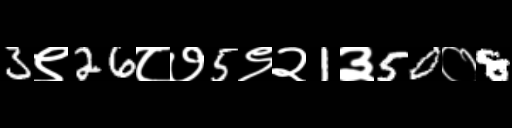
Text: 3९26८७5९२1३50०8